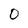
Character: 0